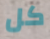
كل